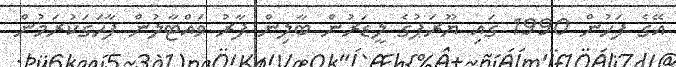
އޭގެ ފަހުން 1990 ގައި ޔޫރަޕުގެ ލީޑަރުން ބާލިން ފާރު ވައްޓާލުން ފާހަގަކުރަމުން